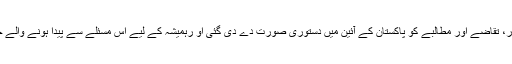
مسلمانان پاکستان کے اسی شعور، تقاضے اور مطالبے کو پاکستان کے آئین میں دستوری صورت دے دی گئی او رہمیشہ کے لیے اس مسئلے سے پیدا ہونے والے خلفشار کا دروازہ بند کر دیا گیا۔